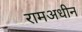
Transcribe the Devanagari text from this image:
रामअधीन